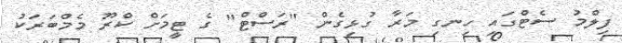
ފިލްމު ސެޓްގައި ހިނގި މަރާ ގުޅިގެން "ރަސްޓް" ގެ ޓީމަށް ކްރޫ މެމްބަރަކު